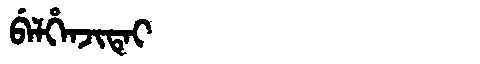
Manchu: ᠪᡝᠯᡥᡝᠨᠵᡳᡨᡝᡳ
Romanization: BELHENJITEI